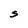
Character: S